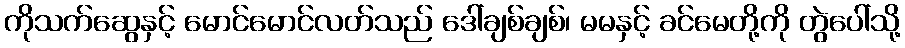
ကိုသက်ဆွေနှင့် မောင်မောင်လတ်သည် ဒေါ်ချစ်ချစ်၊ မမနှင့် ခင်မေတို့ကို တွဲပေါ်သို့